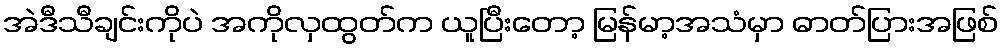
အဲဒီသီချင်းကိုပဲ အကိုလှထွတ်က ယူပြီးတော့ မြန်မာ့အသံမှာ ဓာတ်ပြားအဖြစ်